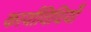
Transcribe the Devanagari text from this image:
कार्याविधियाँ